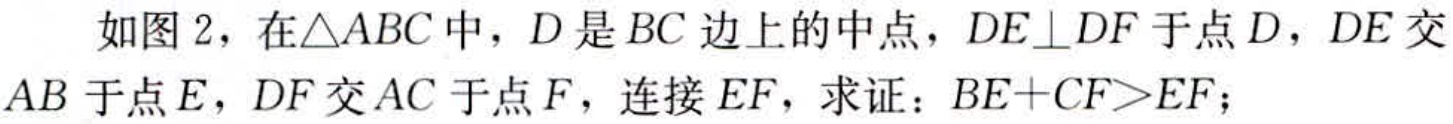
如图2，在$\triangle ABC$中，$D$是$BC$边上的中点，$DE\perp DF$于点$D$，$DE$交$AB$于点$E$，$DF$交$AC$于点$F$，连接$EF$，求证：$BE + CF>EF$；